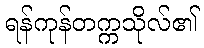
ရန်ကုန်တက္ကသိုလ်၏